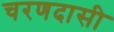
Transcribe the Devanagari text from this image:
चरणदासी